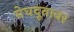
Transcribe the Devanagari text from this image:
मेघदूतावर